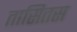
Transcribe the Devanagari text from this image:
तासितस